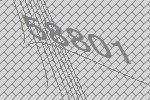
58801